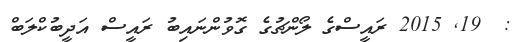
:  19